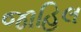
જાહિલ